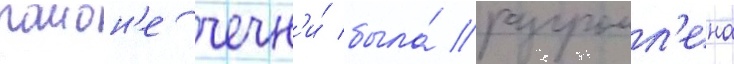
раион'е чечн'и́ была́ разгромл'ена